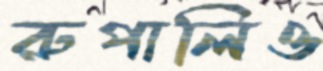
রুপালিও